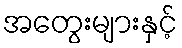
အတွေးများနှင့်